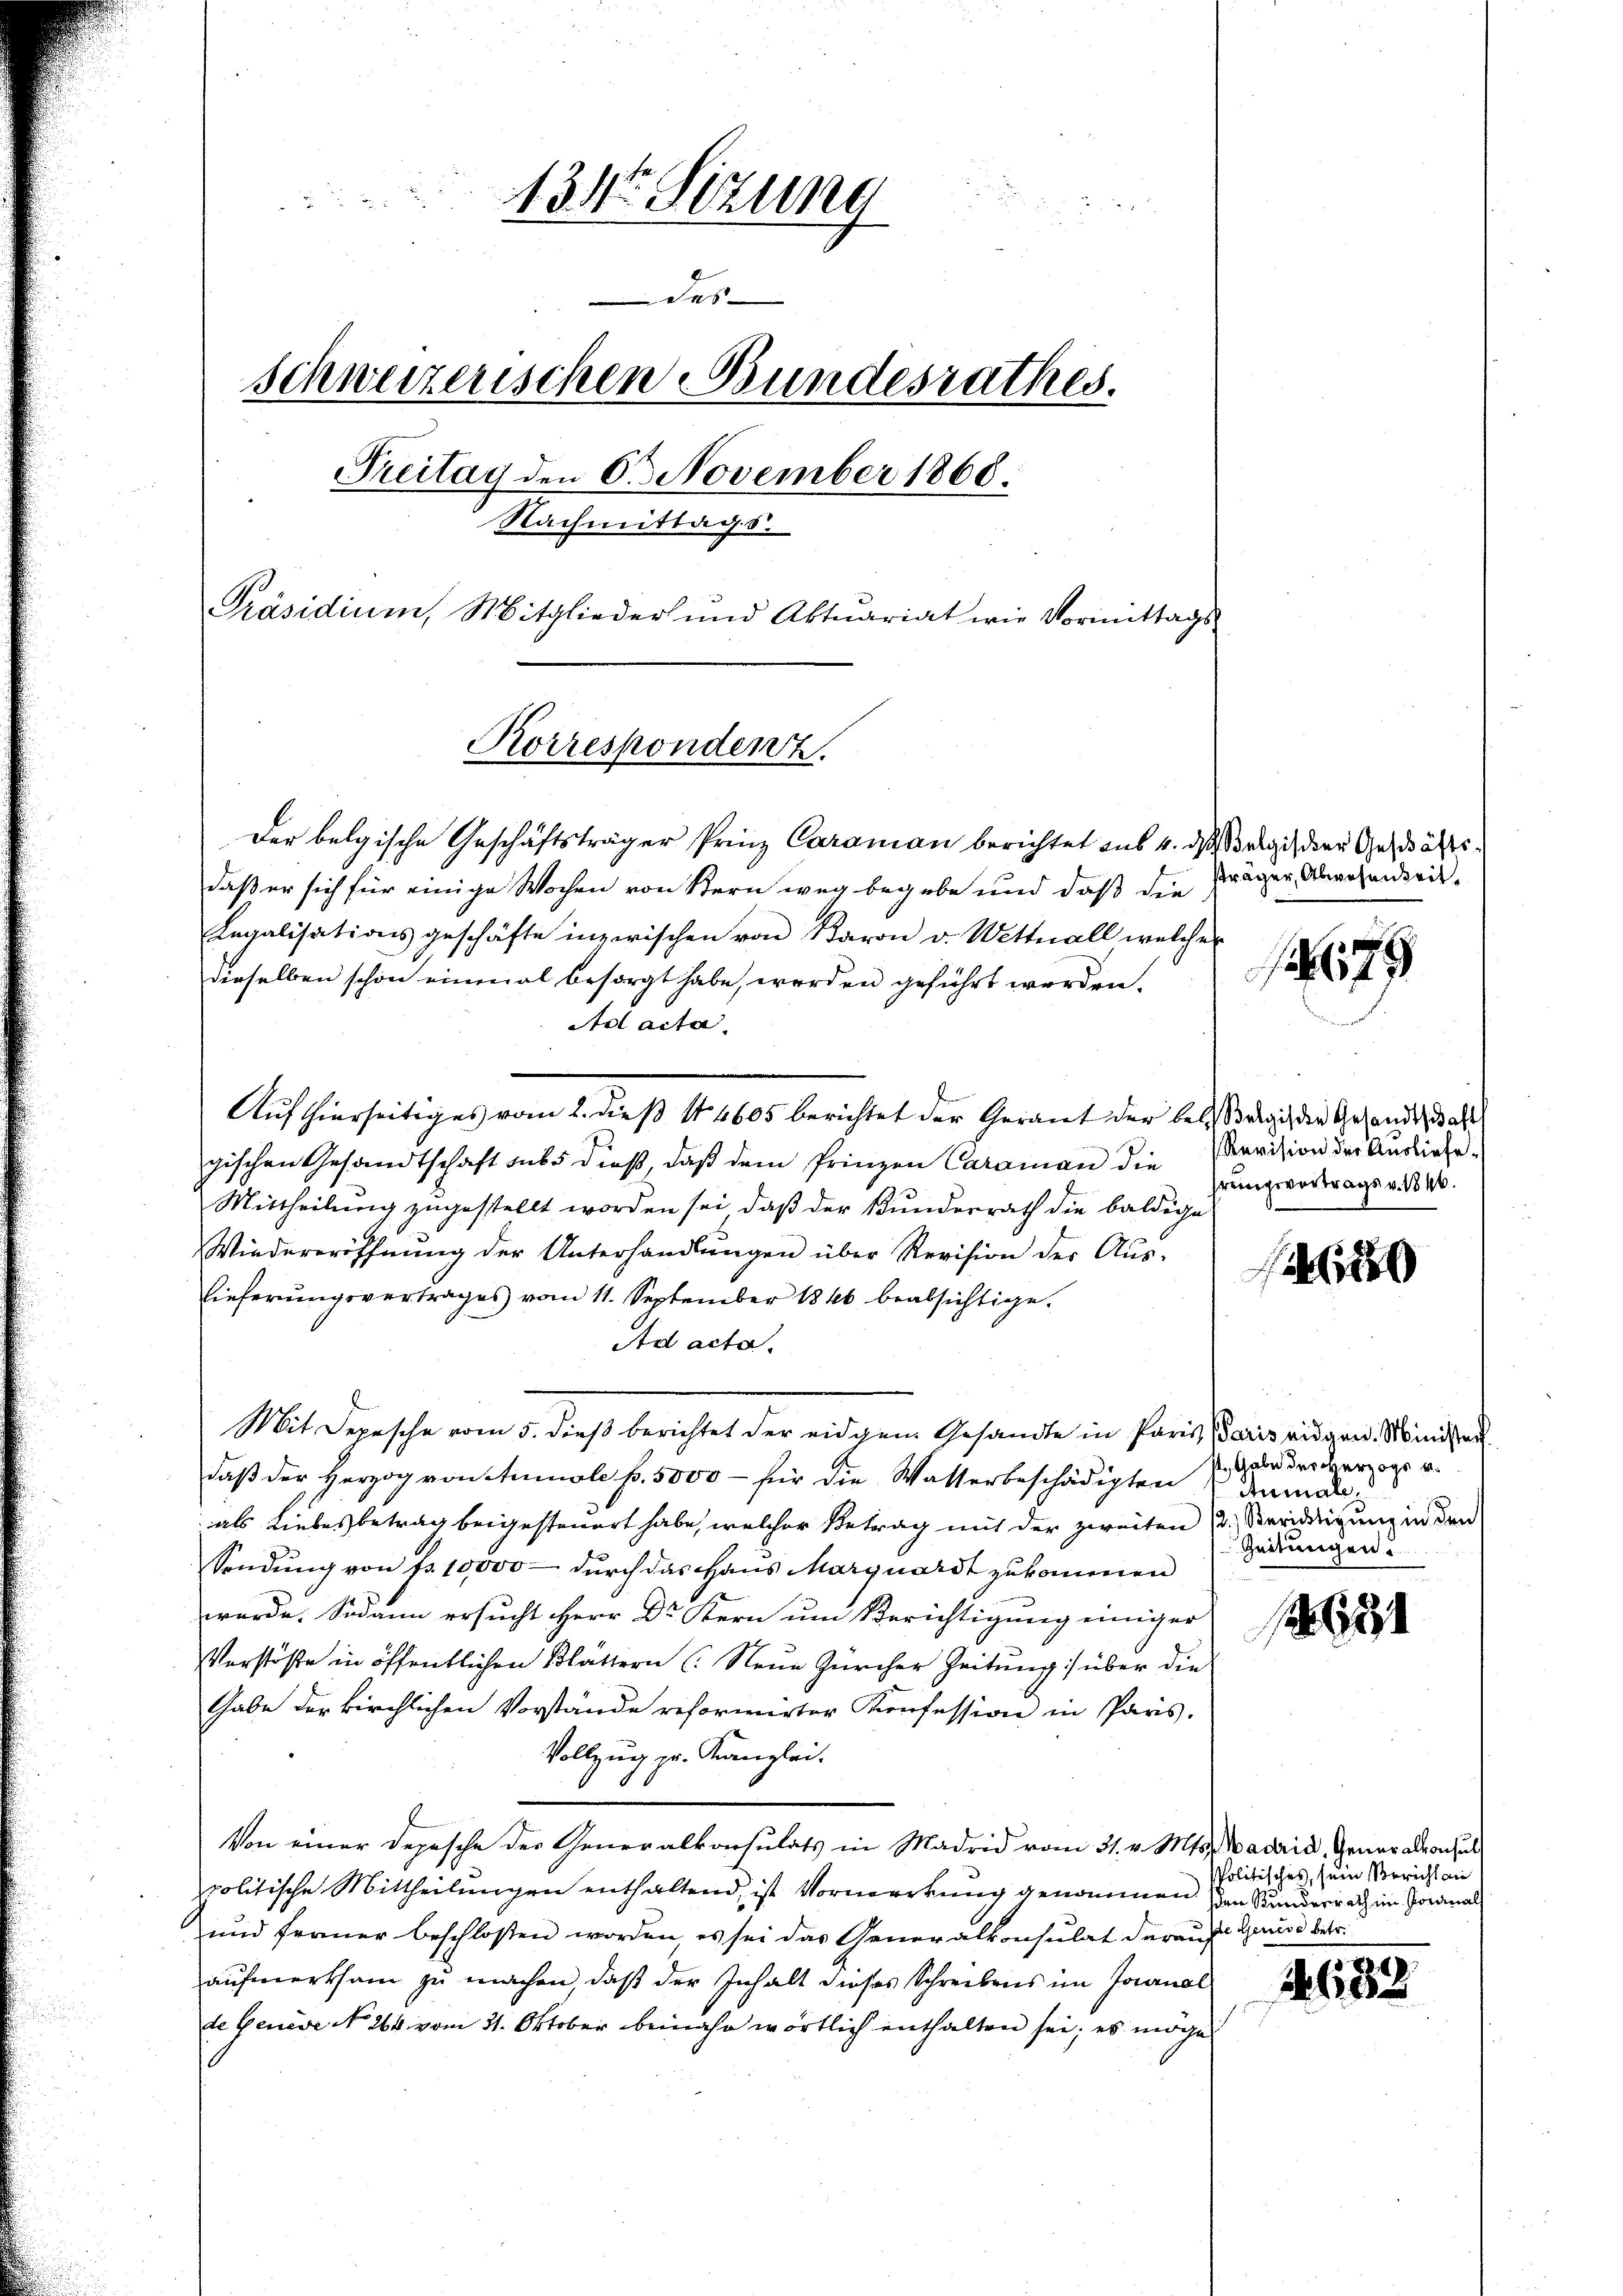
2
134 Sizung
Jes
schweizerischen Bundesrathes.
Preitag den 6ten November 1868.
Nachmittags.
Präsidium, Mitglieder und Aktuariat wie Vormittags
Korrespondenz.

Der belgische Geschäftsträger Prinz Caraman berichtet aus 4. das Belgis der Geschäftsdaß er sich für einige Wochen von Stern weg begebe und daß die
Legalisationsgeschäfte inzwischen von Baron v. Wettnall welcher
dieselben schon einmal besorgt habe, werden geführt werden.
Ad acta
Auf thierseitiges vom 2. dieß 14605 berichtet der Gerant der belangig die Gesandtschaft
gischen Gesandtschaft sub dieß, daß dem Prinzen Caraman die
Mittheilung zugestellt worden sei, daß der Bundesrath die baldige
Wiedereröffnung der Unterhandlungen über Revision der Aŭs-
lieferungsvertrages vom 11. September 1846 beabsichtige.
Ad acta.
Mit Depesche vom 5. dieß berichtet der eidgem Gesandte in Paris Paris eidgen. Minde
daß der Herzog von Ammole p. 5000 – für die Watterbeschädigten
 als Liebes betrag beigesteuert habe, welcher Betrag mit der zweiten (2. Verirdigung in den
Sendung von Fr. 10,000 - durch das Haus Marquardt zukommen
wurde. Sodann ersucht Herr Dr. Kern um Berichtigung einiger
VVerstöße in öffentlichen Blättern (: Neue Zürcher Zeitung über die
Gabe der kirchlichen Vorstände reformirter Konfession in Paris.
Vollzug zu. Kanzlei.
Von einer Depesche der Generalkonsulats in Madrid vom 31. v. Mts. Badrid, Generalkonsul
politische Mittheilungen enthaltend, ist Vormerkung genommen den Kunderrath im Jordinal
und ferner beschlossen worden, es sei das Generalkonsulat darauf Grund betr.
aufmerksam zu machen, daß der Inhalt dieses Schreibens im Joanal
de Genève N. 264 vom 21. Oktober beinahe wörtlich enthalten sei; es möge

sträger, Abgesanzeit¬
79

Revision der Ausliefe.
Prungsvortrags v. 1846.

6850

Gabe der Herzogs v.
Anmal
1
Zeitungen.

624

Politisches, sein Bericht an

4632